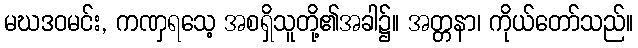
မဃဒဝမင်း, ကဏှရသေ့ အစရှိသူတို့၏အခါ၌။ အတ္တနာ၊ ကိုယ်တော်သည်။